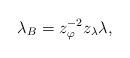
LaTeX: \begin{align*}\lambda _{B}=z_{\varphi }^{-2}z_{\lambda }\lambda ,\end{align*}